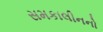
સમકાલીનનો